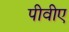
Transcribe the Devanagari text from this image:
पीवीए